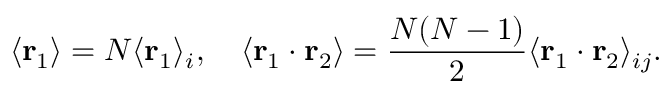
\langle \mathbf { r } _ { 1 } \rangle = N \langle \mathbf { r } _ { 1 } \rangle _ { i } , \quad \langle \mathbf { r } _ { 1 } \cdot \mathbf { r } _ { 2 } \rangle = \frac { N ( N - 1 ) } { 2 } \langle \mathbf { r } _ { 1 } \cdot \mathbf { r } _ { 2 } \rangle _ { i j } .